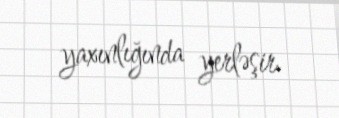
yaxınlığında yerləşir.